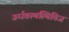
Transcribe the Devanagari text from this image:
ऊर्धवस्थस्थितिज